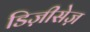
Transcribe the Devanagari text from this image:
डिज़ीसेज़